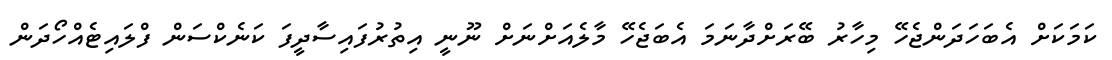
ކަމަކަށް އެބަހަދަންޖެހޭ މިހާރު ބޭރަށްދާނަމަ އެބަޖެހޭ މާލެއަށްނަށް ނޫނީ އިތުރުފައިސާދީފަ ކަނެކްސަން ފްލައިޓެއްހޯދަން